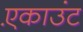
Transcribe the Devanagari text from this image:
ए़काउंट